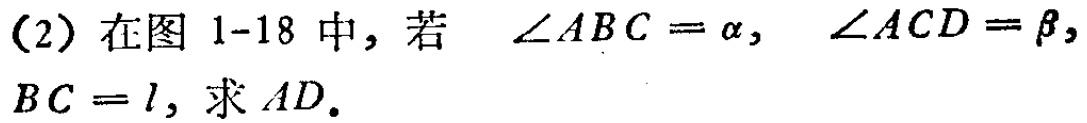
（2）在图 1-18 中，若 $\angle ABC = \alpha,$ $\angle ACD = \beta,$ $BC = l,$ 求 $AD.$